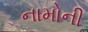
નામોની